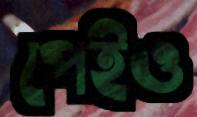
পেইও